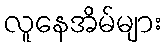
လူနေအိမ်များ